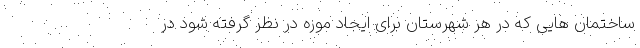
ساختمان هایی که در هر شهرستان برای ایجاد موزه در نظر گرفته شود در